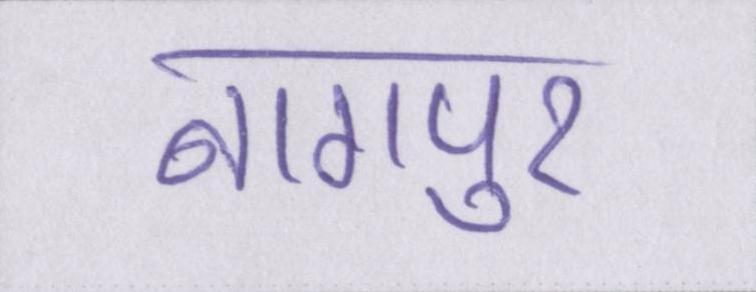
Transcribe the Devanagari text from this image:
नागपुर